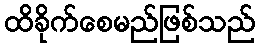
ထိခိုက်စေမည်ဖြစ်သည်